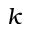
\boldsymbol { k }